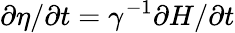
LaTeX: \partial\eta/\partial t=\gamma^{-1}\partial H/\partial t